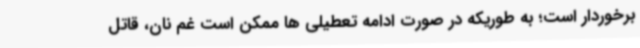
برخوردار است؛ به طوریکه در صورت ادامه تعطیلی ها ممکن است غم نان، قاتل